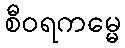
စီဝရကမ္မေ